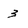
Character: 3